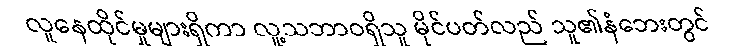
လူနေထိုင်မှုများရှိကာ လူ့သဘာဝရှိသူ မိုင်ပတ်လည် သူ၏နံဘေးတွင်